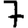
Digit: 7